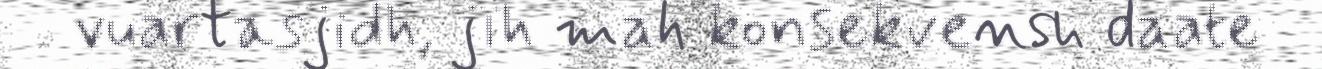
vuartasjidh, jïh mah konsekvensh daate